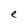
Character: e